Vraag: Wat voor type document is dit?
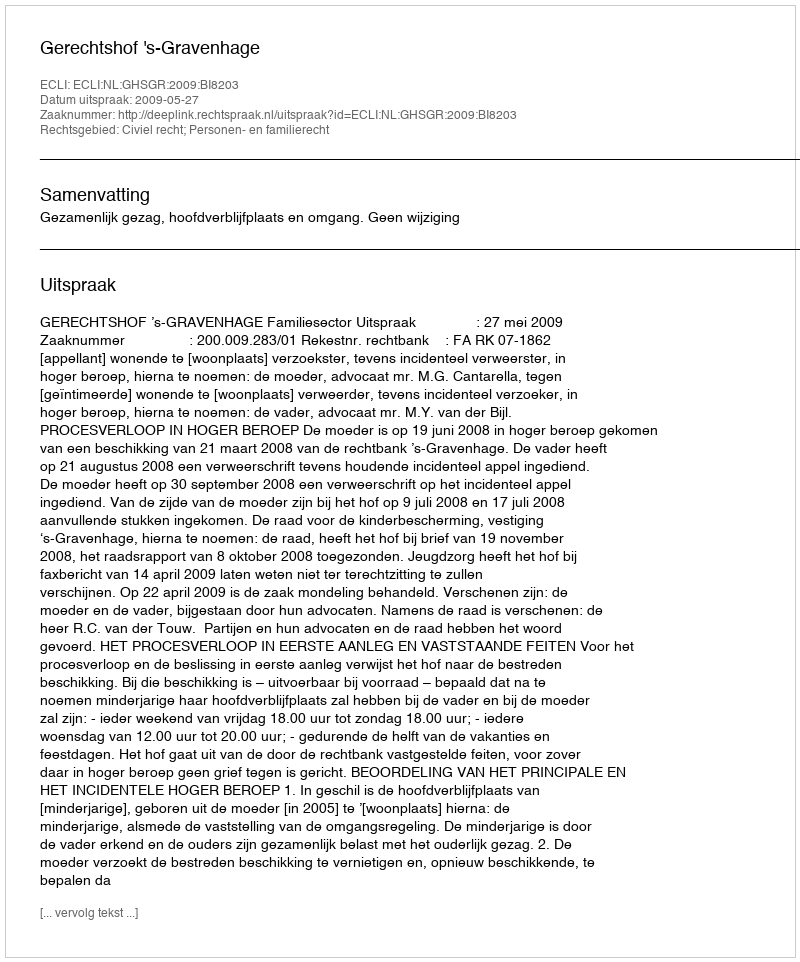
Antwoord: Uitspraak